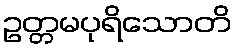
ဥတ္တမပုရိသောတိ